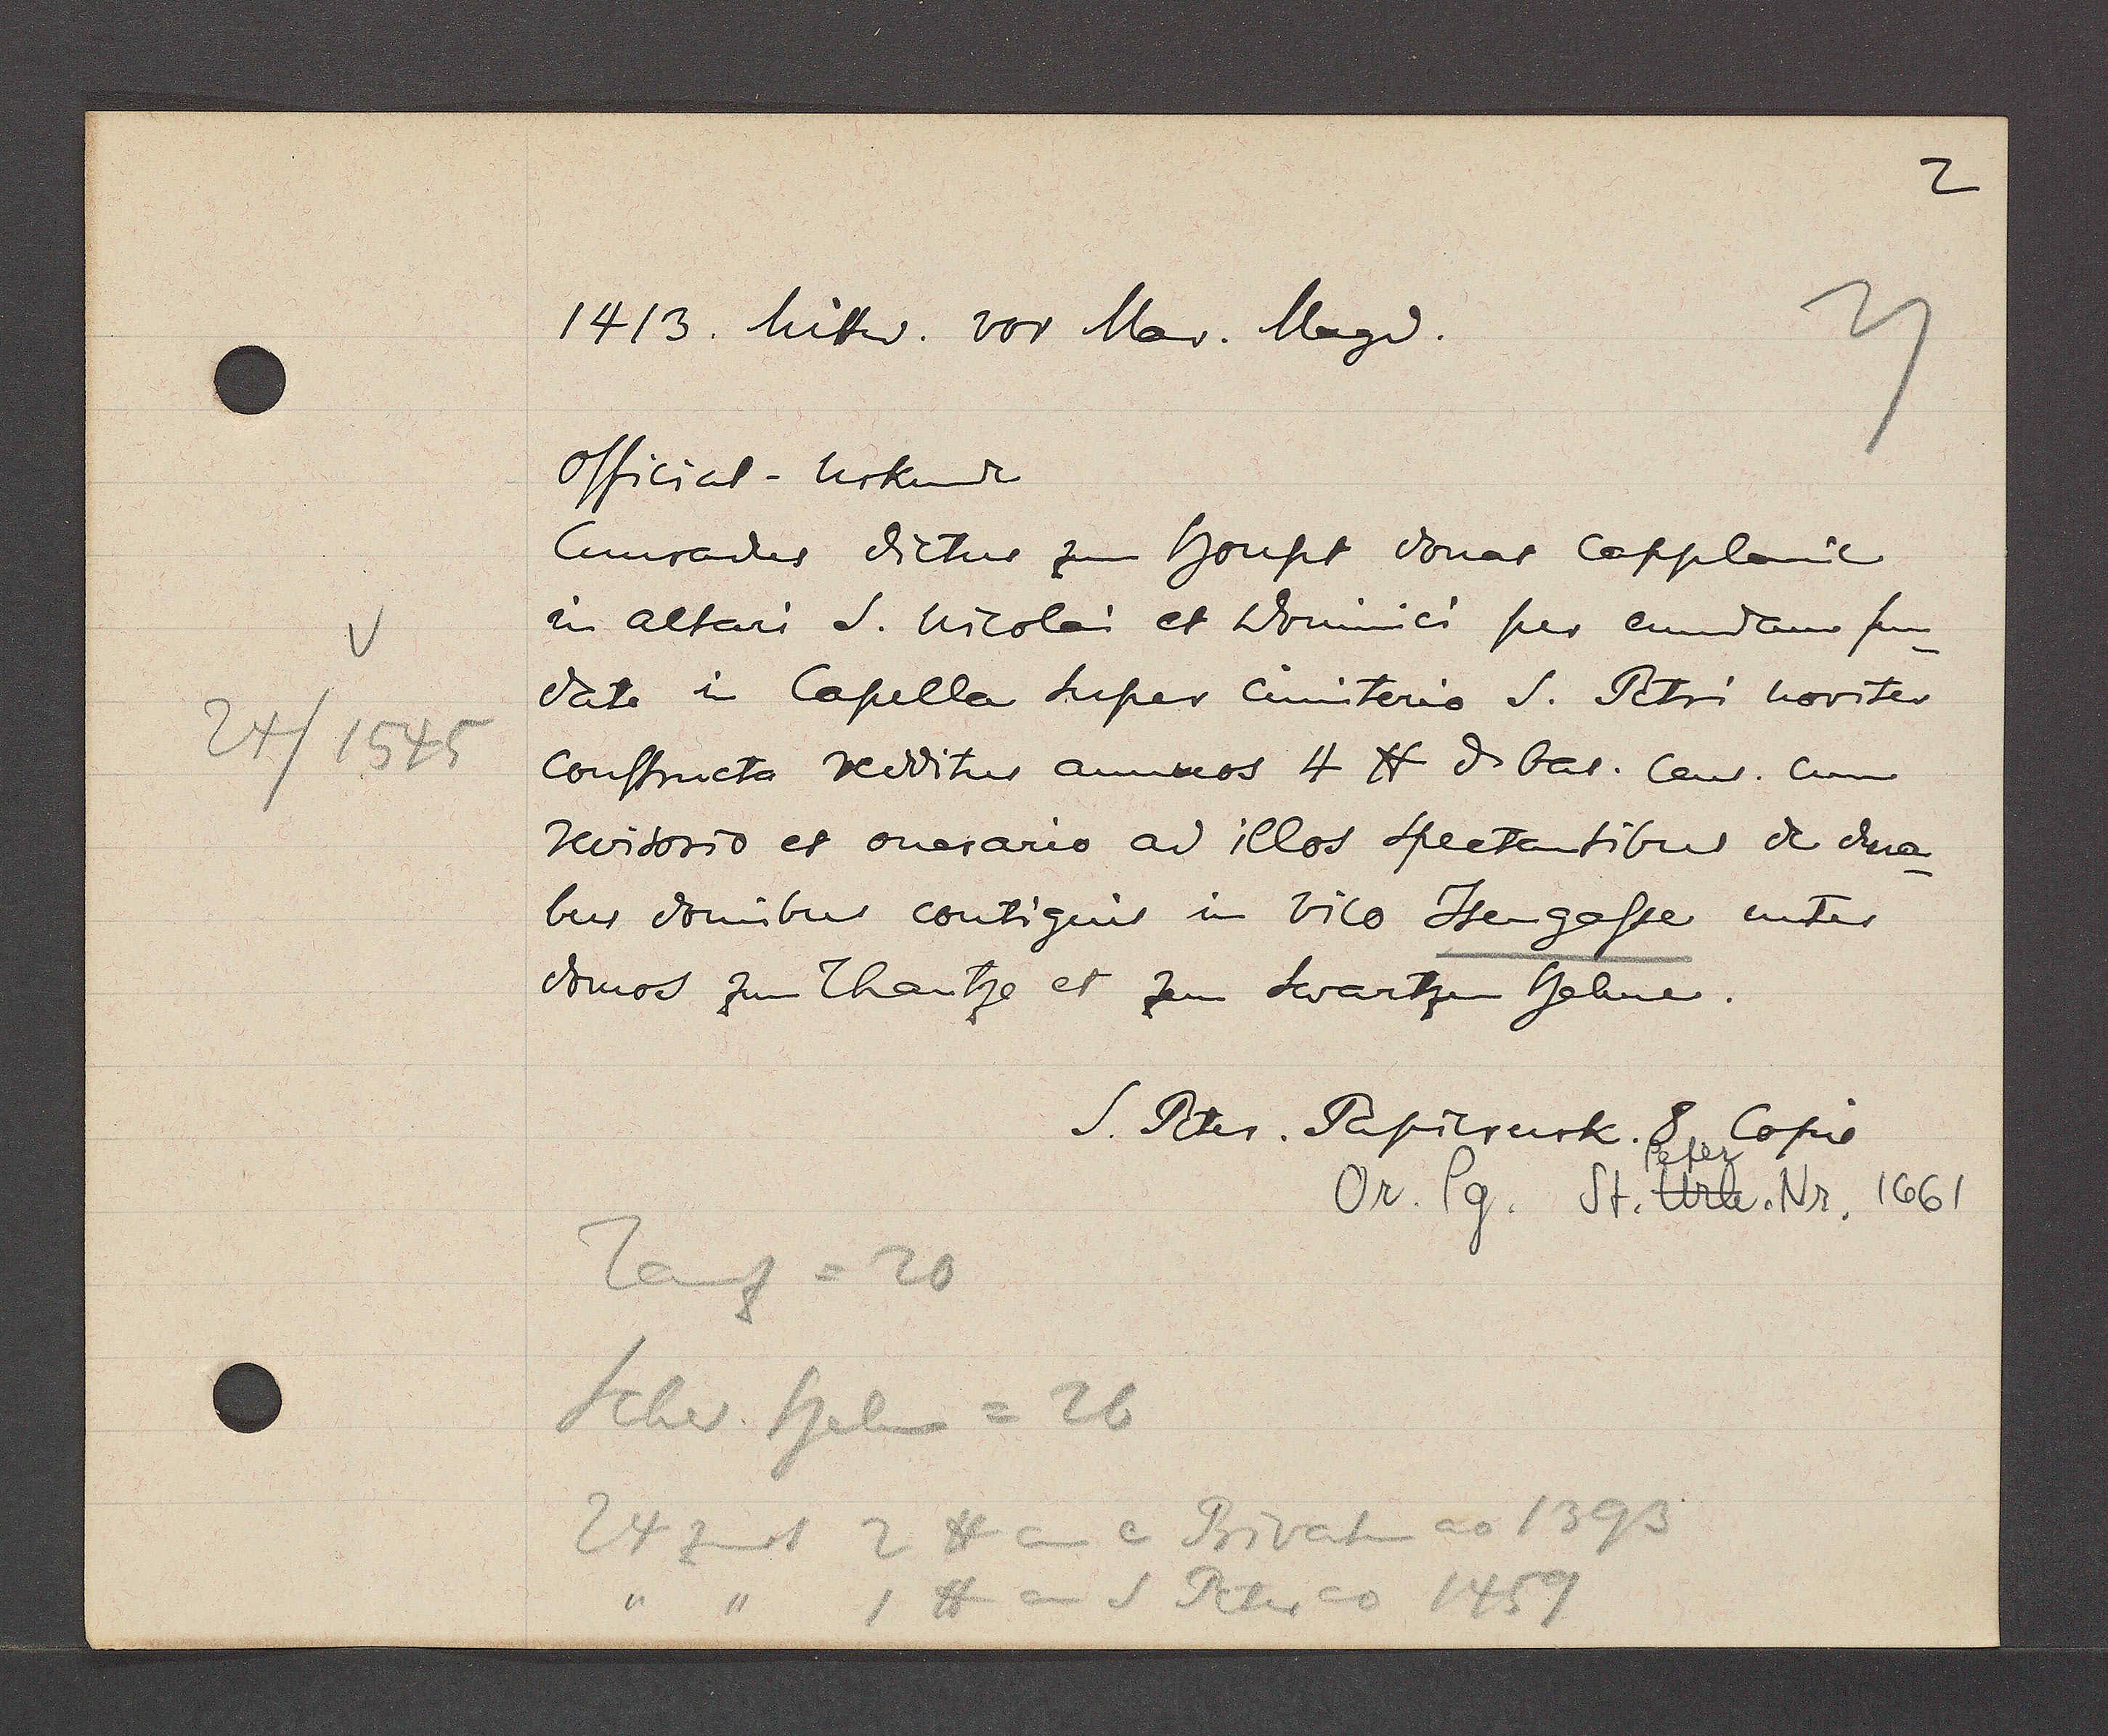
Transcript:
24/ 1545

1413. Mitw. vor Mar. Magd.
Official- Urkunde
Cunradus dictus zum houpt donat Capplanic
in Altari S. nicolai et dominici per eundam fun-
date in Capella super Cimiterio S. Petri noviter
Constructa redditus annuos 4 ℔ d bas. Cens. cum
revisorio et onerario ad illos spectantibus de dua
bus domibus contiguis in vico Jsengasse unter
domos zum Thantze et zem Swartzen Helme.
S. Peter. Papierurk. 8 Copie
Or. Pg. St. UrkPeter. Nr, 1661
Tanz = 20
Schw. Helm = 26
24 zinst 2 lb an e Privat ao 1393
"   "   1 lb an S Peter ao 1459